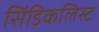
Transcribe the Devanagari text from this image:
सिंडिकलिस्ट